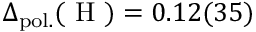
\Delta _ { \mathrm { p o l . } } ( \mathrm { ~ H ~ } ) = 0 . 1 2 ( 3 5 )